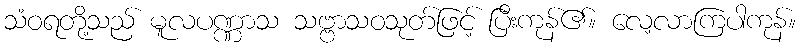
သံဝရတို့သည် မူလပဏ္ဏာသ သဗ္ဗာသဝသုတ်ဖြင့် ပြီးကုန်၏။ လေ့လာကြပါကုန်။